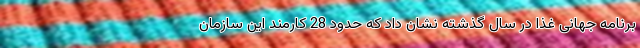
برنامه جهانی غذا در سال گذشته نشان داد که حدود 28 کارمند این سازمان